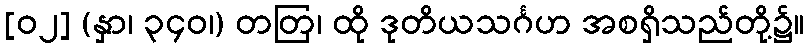
[၀၂] (နှာ၊ ၃၄၀၊) တတြ၊ ထို ဒုတိယသင်္ဂဟ အစရှိသည်တို့၌။